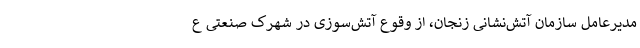
مدیرعامل سازمان آتش‌نشانی زنجان، از وقوع آتش‌سوزی در شهرک صنعتی ع